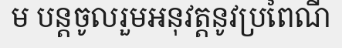
ម បន្តចូលរួមអនុវត្តនូវប្រពៃណី